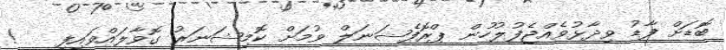
ބޮޑަށް ފާޑު ވިދާޅުވެއްޖެފުލުހުން ޕްރޮފެޝަނަލް ވުމަށް ކޮމިޝަނަރު ގޮވާލައްވައިފި   !